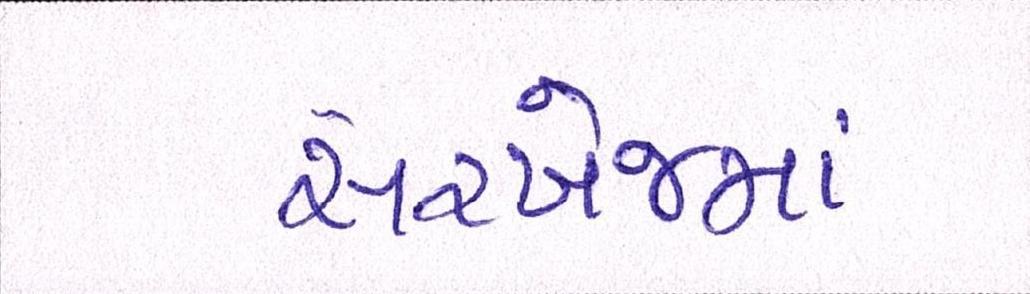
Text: સરખેજમાં